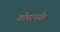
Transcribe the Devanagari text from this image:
कोपरपर्यंत